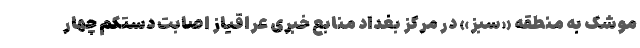
موشک به منطقه «سبز» در مرکز بغداد منابع خبری عراقیاز اصابت دستکم چهار